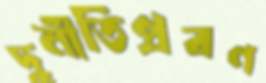
দুর্নীতিপ্রবণ